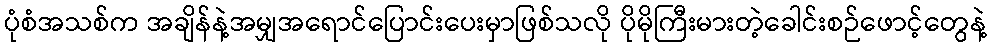
ပုံစံအသစ်က အချိန်နဲ့အမျှအရောင်ပြောင်းပေးမှာဖြစ်သလို ပိုမိုကြီးမားတဲ့ခေါင်းစဉ်ဖောင့်တွေနဲ့